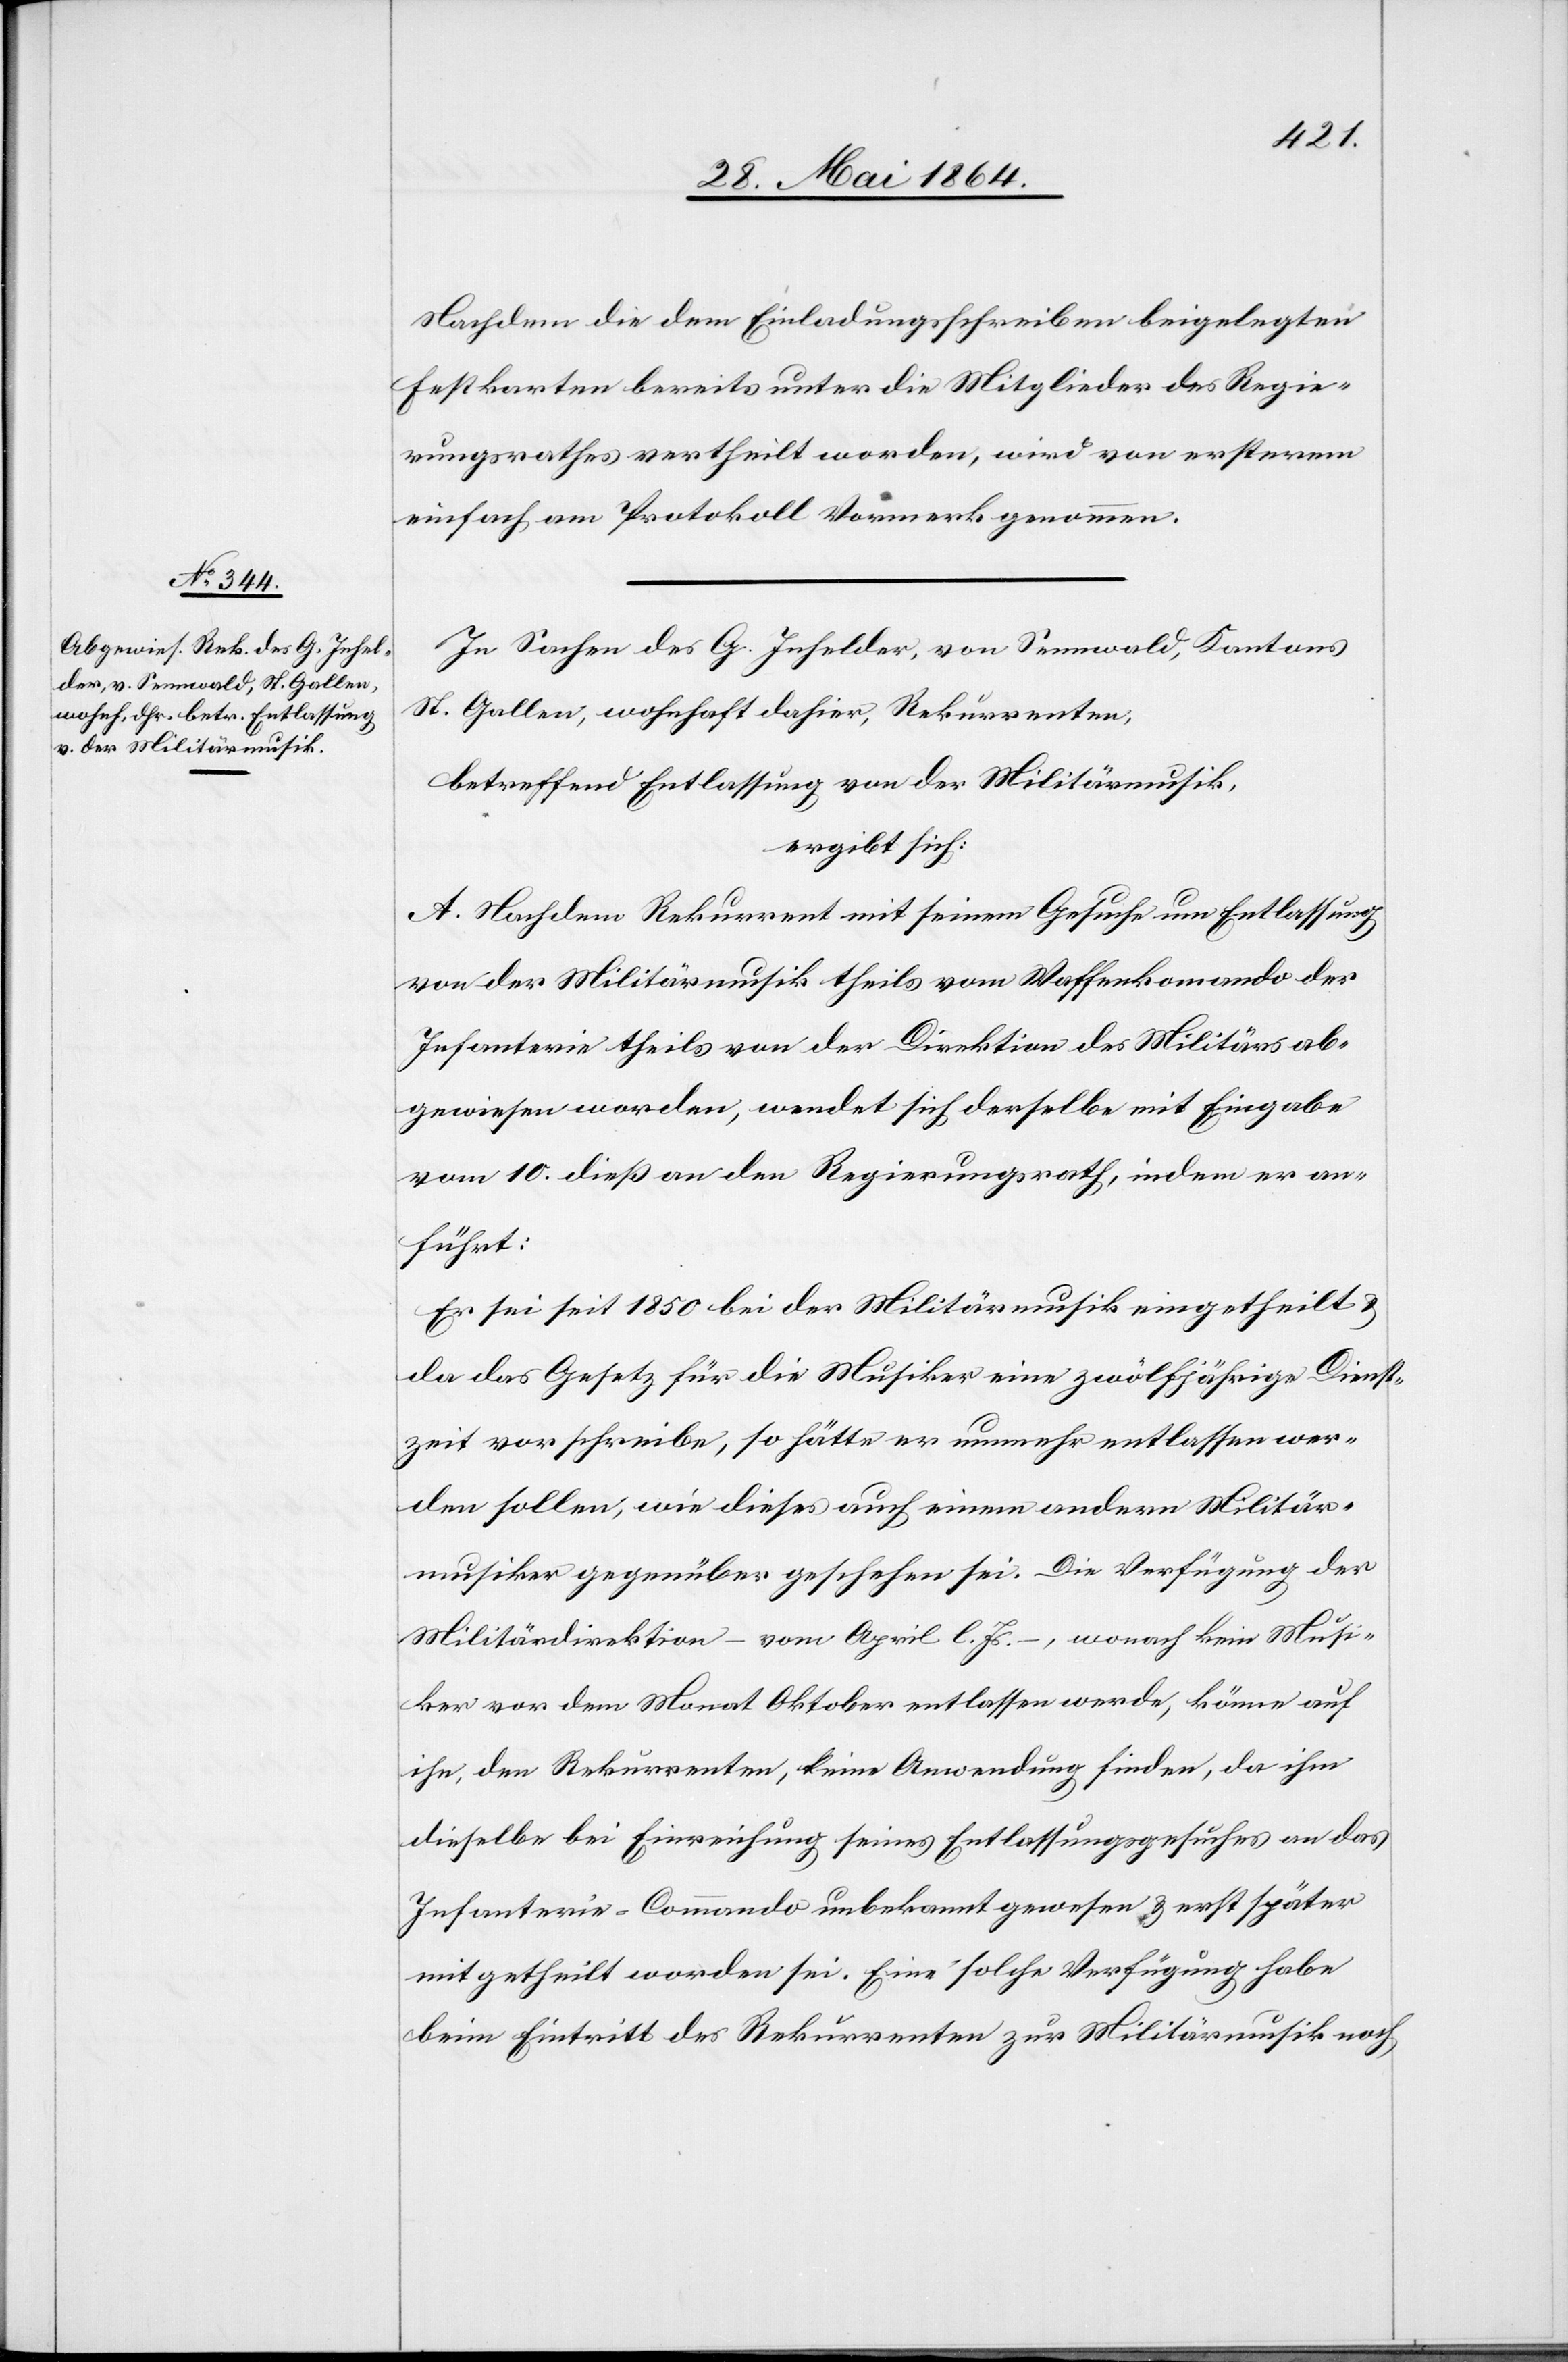
Nachdem die dem Einladungsschreiben beigelegten
Festkarten bereits unter die Mitglieder des Regie¬
rungsrathes vertheilt worden, wird von ersterem
einfach am Protokoll Vormerk genommen.
In Sachen des G. Inhelder, von Sennwald, Kantons
St. Gallen, wohnhaft dahier, Rekurrenten,
betreffend Entlassung von der Militärmusik,
ergibt sich:
A. Nachdem Rekurrent mit seinem Gesuche um Entlassung
von der Militärmusik theils vom Waffenkomando der
Infanterie theils von der Direktion des Militärs ab¬
gewiesen worden, wendet sich derselbe mit Eingabe
vom 10. dieß an den Regierungsrath, indem er an¬
führt:
Er sei seit 1850 bei der Militärmusik eingetheilt u.
da das Gesetz für die Musiker eine zwölfjährige Dienst¬
zeit vorschreibe, so hätte er nunmehr entlassen wer¬
den sollen, wie dieses auch einem andern Militär¬
musiker gegenüber geschehen sei. Die Verfügung der
Militärdirektion – vom April l. Js. –, wonach kein Musi¬
ker vor dem Monat Oktober entlassen werde, könne auf
ihn, den Rekurrenten, keine Anwendung finden, da ihm
dieselbe bei Einreichung seines Entlassungsgesuches an das
Infanterie-Commando unbekannt gewesen u. erst später
mitgetheilt worden sei. Eine solche Verfügung habe
beim Eintritt des Rekurrenten zur Militärmusik noch